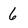
Character: 6